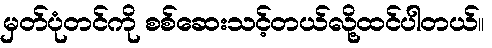
မှတ်ပုံတင်ကို စစ်ဆေးသင့်တယ်လို့ထင်ပါတယ်။